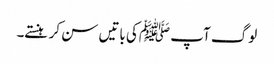
لوگ آپ ﷺکی باتیں سن کر ہنستے۔